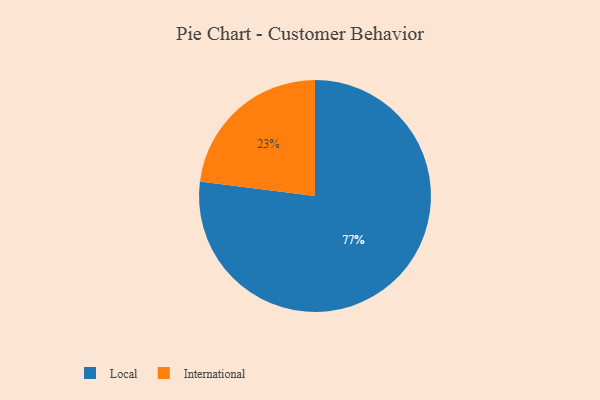
{"axis": {"x": "Category", "y": "Percentage"}, "legend": ["International", "Local"], "data": [{"x": "International", "y": 23, "type": "International"}, {"x": "Local", "y": 77, "type": "Local"}]}